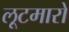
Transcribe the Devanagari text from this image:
लूटमारों